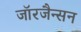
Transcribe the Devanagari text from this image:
जॉरजैन्सन